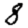
Digit: 8